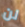
لن